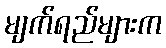
မျက်ရည်များက